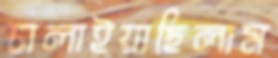
চালাইয়াছিলাম